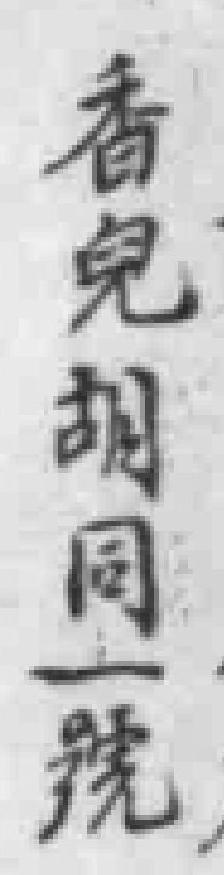
香兒胡同一號